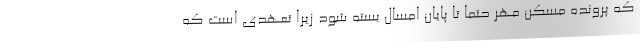
که پرونده مسکن مهر حتما تا پایان امسال بسته شود زیرا تعهدی است که